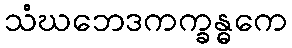
သံဃဘေဒကက္ခန္ဓကေ